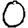
Digit: 0